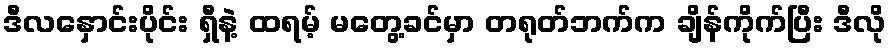
ဒီလနှောင်းပိုင်း ရှီနဲ့ ထရမ့် မတွေ့ခင်မှာ တရုတ်ဘက်က ချိန်ကိုက်ပြီး ဒီလို